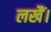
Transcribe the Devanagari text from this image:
लखैं।